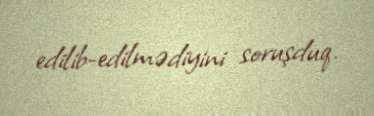
edilib-edilmədiyini soruşduq.